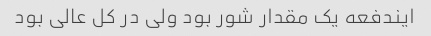
ایندفعه یک مقدار شور بود ولی در کل عالی بود